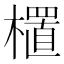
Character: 㯰